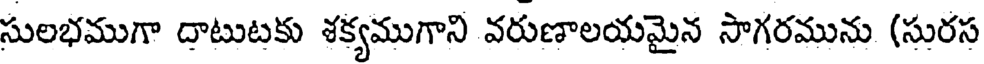
సులభముగా దాటుటకు శక్యముగాని వరుణాలయమైన సాగరమును (సురస